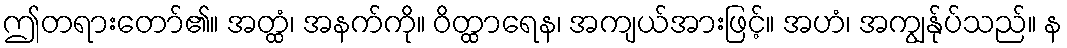
ဤတရားတော်၏။ အတ္ထံ၊ အနက်ကို။ ဝိတ္ထာရေန၊ အကျယ်အားဖြင့်။ အဟံ၊ အကျွန်ုပ်သည်။ န